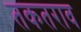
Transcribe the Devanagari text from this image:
तकतराव